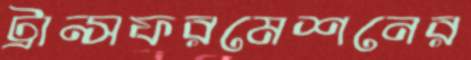
ট্রান্সফরমেশনের